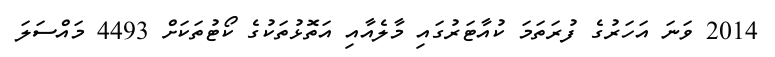
2014 ވަނަ އަހަރުގެ ފުރަތަމަ ކުއާޓަރުގައި މާލެއާއި އަތޮޅުތަކުގެ ކޯޓުތަކަށް 4493 މައްސަލަ